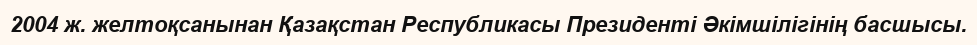
2004 ж. желтоқсанынан Қазақстан Республикасы Президенті Әкімшілігінің басшысы.